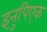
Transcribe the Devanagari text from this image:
इनुपिएक